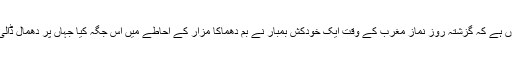
واقعہ کچھ یوں ہے کہ گزشتہ روز نماز مغرب کے وقت ایک خودکش بمبار نے بم دھماکا مزار کے احاطے میں اس جگہ کیا جہاں پر دھمال ڈالی جارہی تھی۔